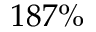
1 8 7 \%